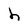
Character: h